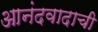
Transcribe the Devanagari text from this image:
आनंदवादाची